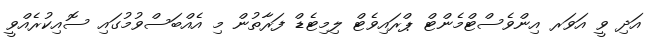
އަދި ވީ އަވަރ އިންވެސްޓްމެންޓް ޕްރައިވެޓް ލިމިޓެޑް ފަރާތުން މި އެއްބަސްވުމުގައި ސޮއިކުރެއްވީ